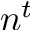
n ^ { t }